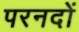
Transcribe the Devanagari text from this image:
परनदों